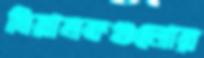
নিয়ামকগুলোর